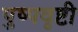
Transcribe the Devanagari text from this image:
पुष्पवृष्टी